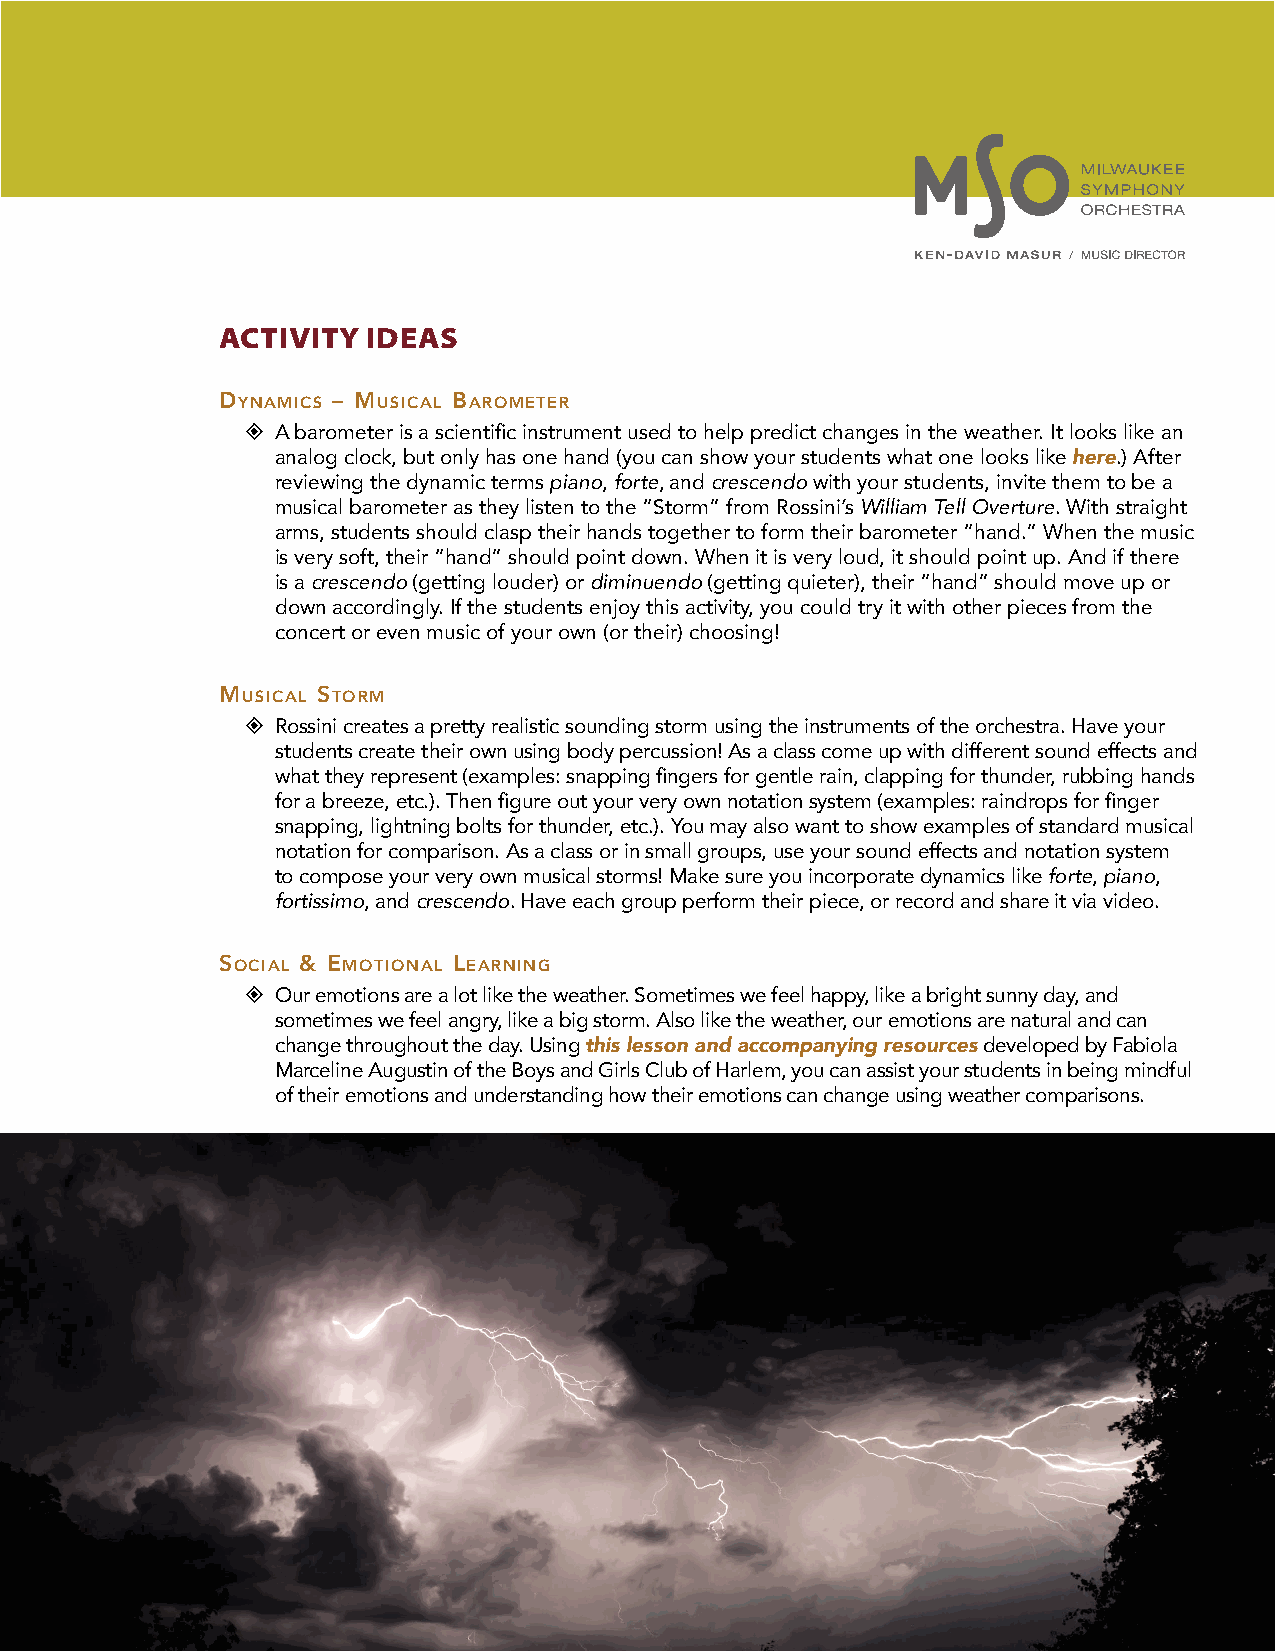
ACTIVITY IDEAS
 dynaMics – Musical BaroMeter
  A barometer is a scientific instrument used to help predict changes in the weather. It looks like an
 analog clock, but only has one hand (you can show your students what one looks like here.) After
 reviewing the dynamic terms piano, forte, and crescendo with your students, invite them to be a
 musical barometer as they listen to the “Storm” from Rossini’s William Tell Overture. With straight
 arms, students should clasp their hands together to form their barometer “hand.” When the music
 is very soft, their “hand” should point down. When it is very loud, it should point up. And if there
 is a crescendo (getting louder) or diminuendo (getting quieter), their “hand” should move up or
 down accordingly. If the students enjoy this activity, you could try it with other pieces from the
 concert or even music of your own (or their) choosing!
 Musical storM
  Rossini creates a pretty realistic sounding storm using the instruments of the orchestra. Have your
 students create their own using body percussion! As a class come up with different sound effects and
 what they represent (examples: snapping fingers for gentle rain, clapping for thunder, rubbing hands
 for a breeze, etc.). Then figure out your very own notation system (examples: raindrops for finger
 snapping, lightning bolts for thunder, etc.). You may also want to show examples of standard musical
 notation for comparison. As a class or in small groups, use your sound effects and notation system
 to compose your very own musical storms! Make sure you incorporate dynamics like forte, piano,
 fortissimo, and crescendo. Have each group perform their piece, or record and share it via video.
 social & eMotional learning
  Our emotions are a lot like the weather. Sometimes we feel happy, like a bright sunny day, and
 sometimes we feel angry, like a big storm. Also like the weather, our emotions are natural and can
 change throughout the day. Using this lesson and accompanying resources developed by Fabiola
 Marceline Augustin of the Boys and Girls Club of Harlem, you can assist your students in being mindful
 of their emotions and understanding how their emotions can change using weather comparisons.